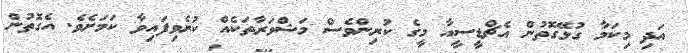
އަދި މިކަމާ ގުޅޭގޮތުން އެޗްޑީސީއާ މީގެ ކުރިންވެސް މަޝްވަރާތަކެއް ކުރެވިފައިވާ ކަމަށެވެ. އެގޮތުން